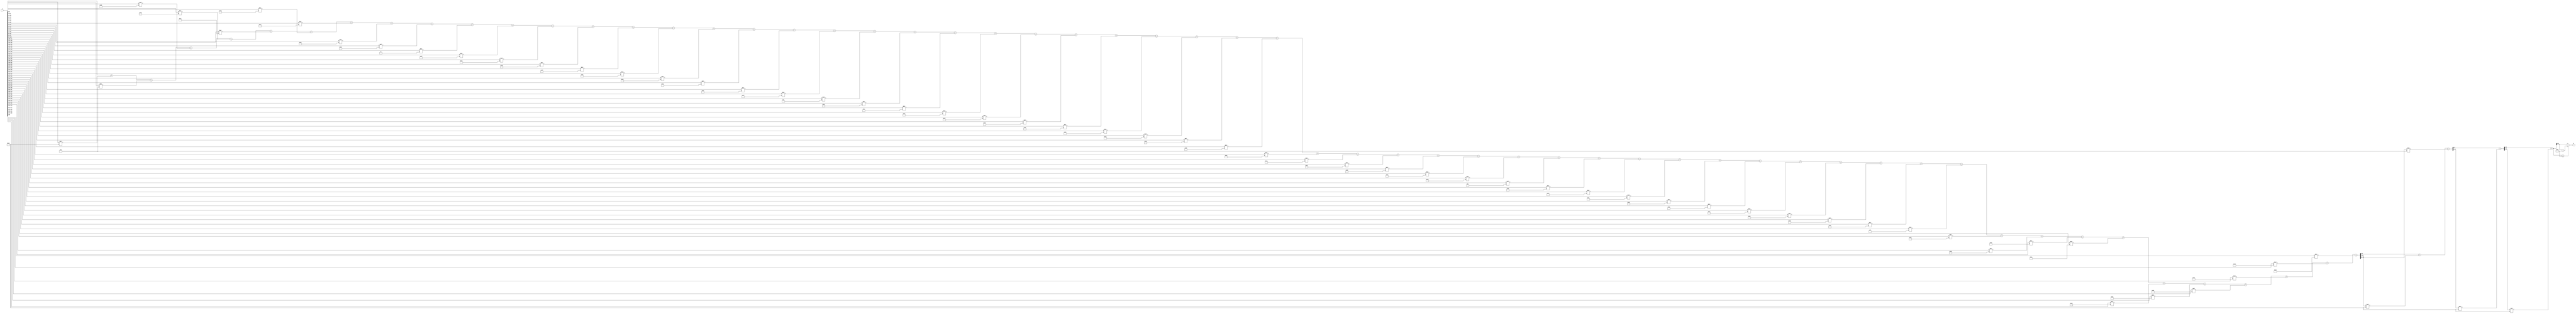
module x_400_mod_107	(
    input [400:1] X,
    output [7:1] R
    );

wire [19:1] R_temp_1;
wire [12:1] R_temp_2;
wire [10:1] R_temp_3;
wire [8:1] R_temp_4;
reg [7:1]  R_temp;

assign R_temp_1 = X [ 7 : 1 ]  + X [ 14 : 8 ] * 5'b10101 + X [ 21 : 15 ] * 4'b1101 + X [ 28 : 22 ] * 6'b111011 + X [ 35 : 29 ] * 6'b111110 + 
		  X [ 42 : 36 ] * 5'b10010 + X [ 49 : 43 ] * 6'b111001 + X [ 56 : 50 ] * 5'b10100 + X [ 63 : 57 ] * 7'b1100011 + 
		  X [ 70 : 64 ] * 6'b101110 + X [ 77 : 71 ] * 2'b11 + X [ 84 : 78 ] * 6'b111111 + X [ 91 : 85 ] * 6'b100111 + 
		  X [ 98 : 92 ] * 7'b1000110 + X [ 105 : 99 ] * 7'b1001111 + X [ 112 : 106 ] * 6'b110110 + 
		  X [ 119 : 113 ] * 7'b1000000 + X [ 126 : 120 ] * 6'b111100 + X [ 133 : 127 ] * 7'b1010011 + X [ 140 : 134 ] * 5'b11111 + 
		  X [ 147 : 141 ] * 4'b1001 + X [ 154 : 148 ] * 7'b1010010 + X [ 161 : 155 ] * 4'b1010 + X [ 168 : 162 ] * 7'b1100111 + 
		  X [ 175 : 169 ] * 5'b10111 + X [ 182 : 176 ] * 6'b110111 + X [ 189 : 183 ] * 7'b1010101 + X [ 196 : 190 ] * 7'b1001001 + 
		  X [ 203 : 197 ] * 6'b100011 + X [ 210 : 204 ] * 7'b1011101 + X [ 217 : 211 ] * 5'b11011 + X [ 224 : 218 ] * 6'b100000 + 
		  X [ 231 : 225 ] * 5'b11110 + X [ 238 : 232 ] * 7'b1011111 + X [ 245 : 239 ] * 7'b1000101 + X [ 252 : 246 ] * 6'b111010 + 
		  X [ 259 : 253 ] * 6'b101001 + X [ 266 : 260 ] * 3'b101 + X [ 273 : 267 ] * 7'b1101001 + X [ 280 : 274 ] * 7'b1000001 + 
		  X [ 287 : 281 ] * 7'b1010001 + X [ 294 : 288 ] * 7'b1100000 + X [ 301 : 295 ] * 7'b1011010 + X [ 308 : 302 ] * 7'b1000111 + 
		  X [ 315 : 309 ] * 7'b1100100 + X [ 322 : 316 ] * 7'b1000011 + X [ 329 : 323 ] * 5'b10000 + X [ 336 : 330 ] * 4'b1111 + 
		  X [ 343 : 337 ] * 7'b1100101 + X [ 350 : 344 ] * 7'b1011000 + X [ 357 : 351 ] * 5'b11101 + X [ 364 : 358 ] * 7'b1001010 + 
		  X [ 371 : 365 ] * 6'b111000 + X [ 378 : 372 ] * 7'b1101010 + X [ 385 : 379 ] * 7'b1010110 + X [ 392 : 386 ] * 7'b1011110 + 
		  X [ 399 : 393 ] * 6'b110000 + X [ 400 ] * 6'b101101;

assign R_temp_2 = R_temp_1 [ 7 : 1 ]  + R_temp_1 [ 14 : 8 ] * 5'b10101 + R_temp_1 [ 19 : 15 ] * 4'b1101 ;

assign R_temp_3 = R_temp_2 [ 7 : 1 ]  + R_temp_2 [ 12 : 8 ] * 5'b10101 ;

assign R_temp_4 = R_temp_3 [ 7 : 1 ]  + R_temp_3 [ 10 : 8 ] * 5'b10101;

always @(R_temp_4)
begin
  if (R_temp_4 >= 7'b1101011)
    R_temp <= R_temp_4 - 7'b1101011;
  else
    R_temp <= R_temp_4;
end

assign R = R_temp;

endmodule